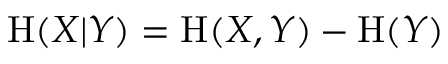
\mathrm { H } ( X | Y ) = \mathrm { H } ( X , Y ) - \mathrm { H } ( Y )